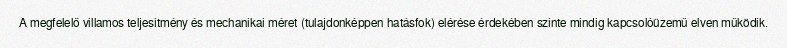
A megfelelő villamos teljesítmény és mechanikai méret (tulajdonképpen hatásfok) elérése érdekében szinte mindig kapcsolóüzemű elven működik.